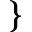
\}